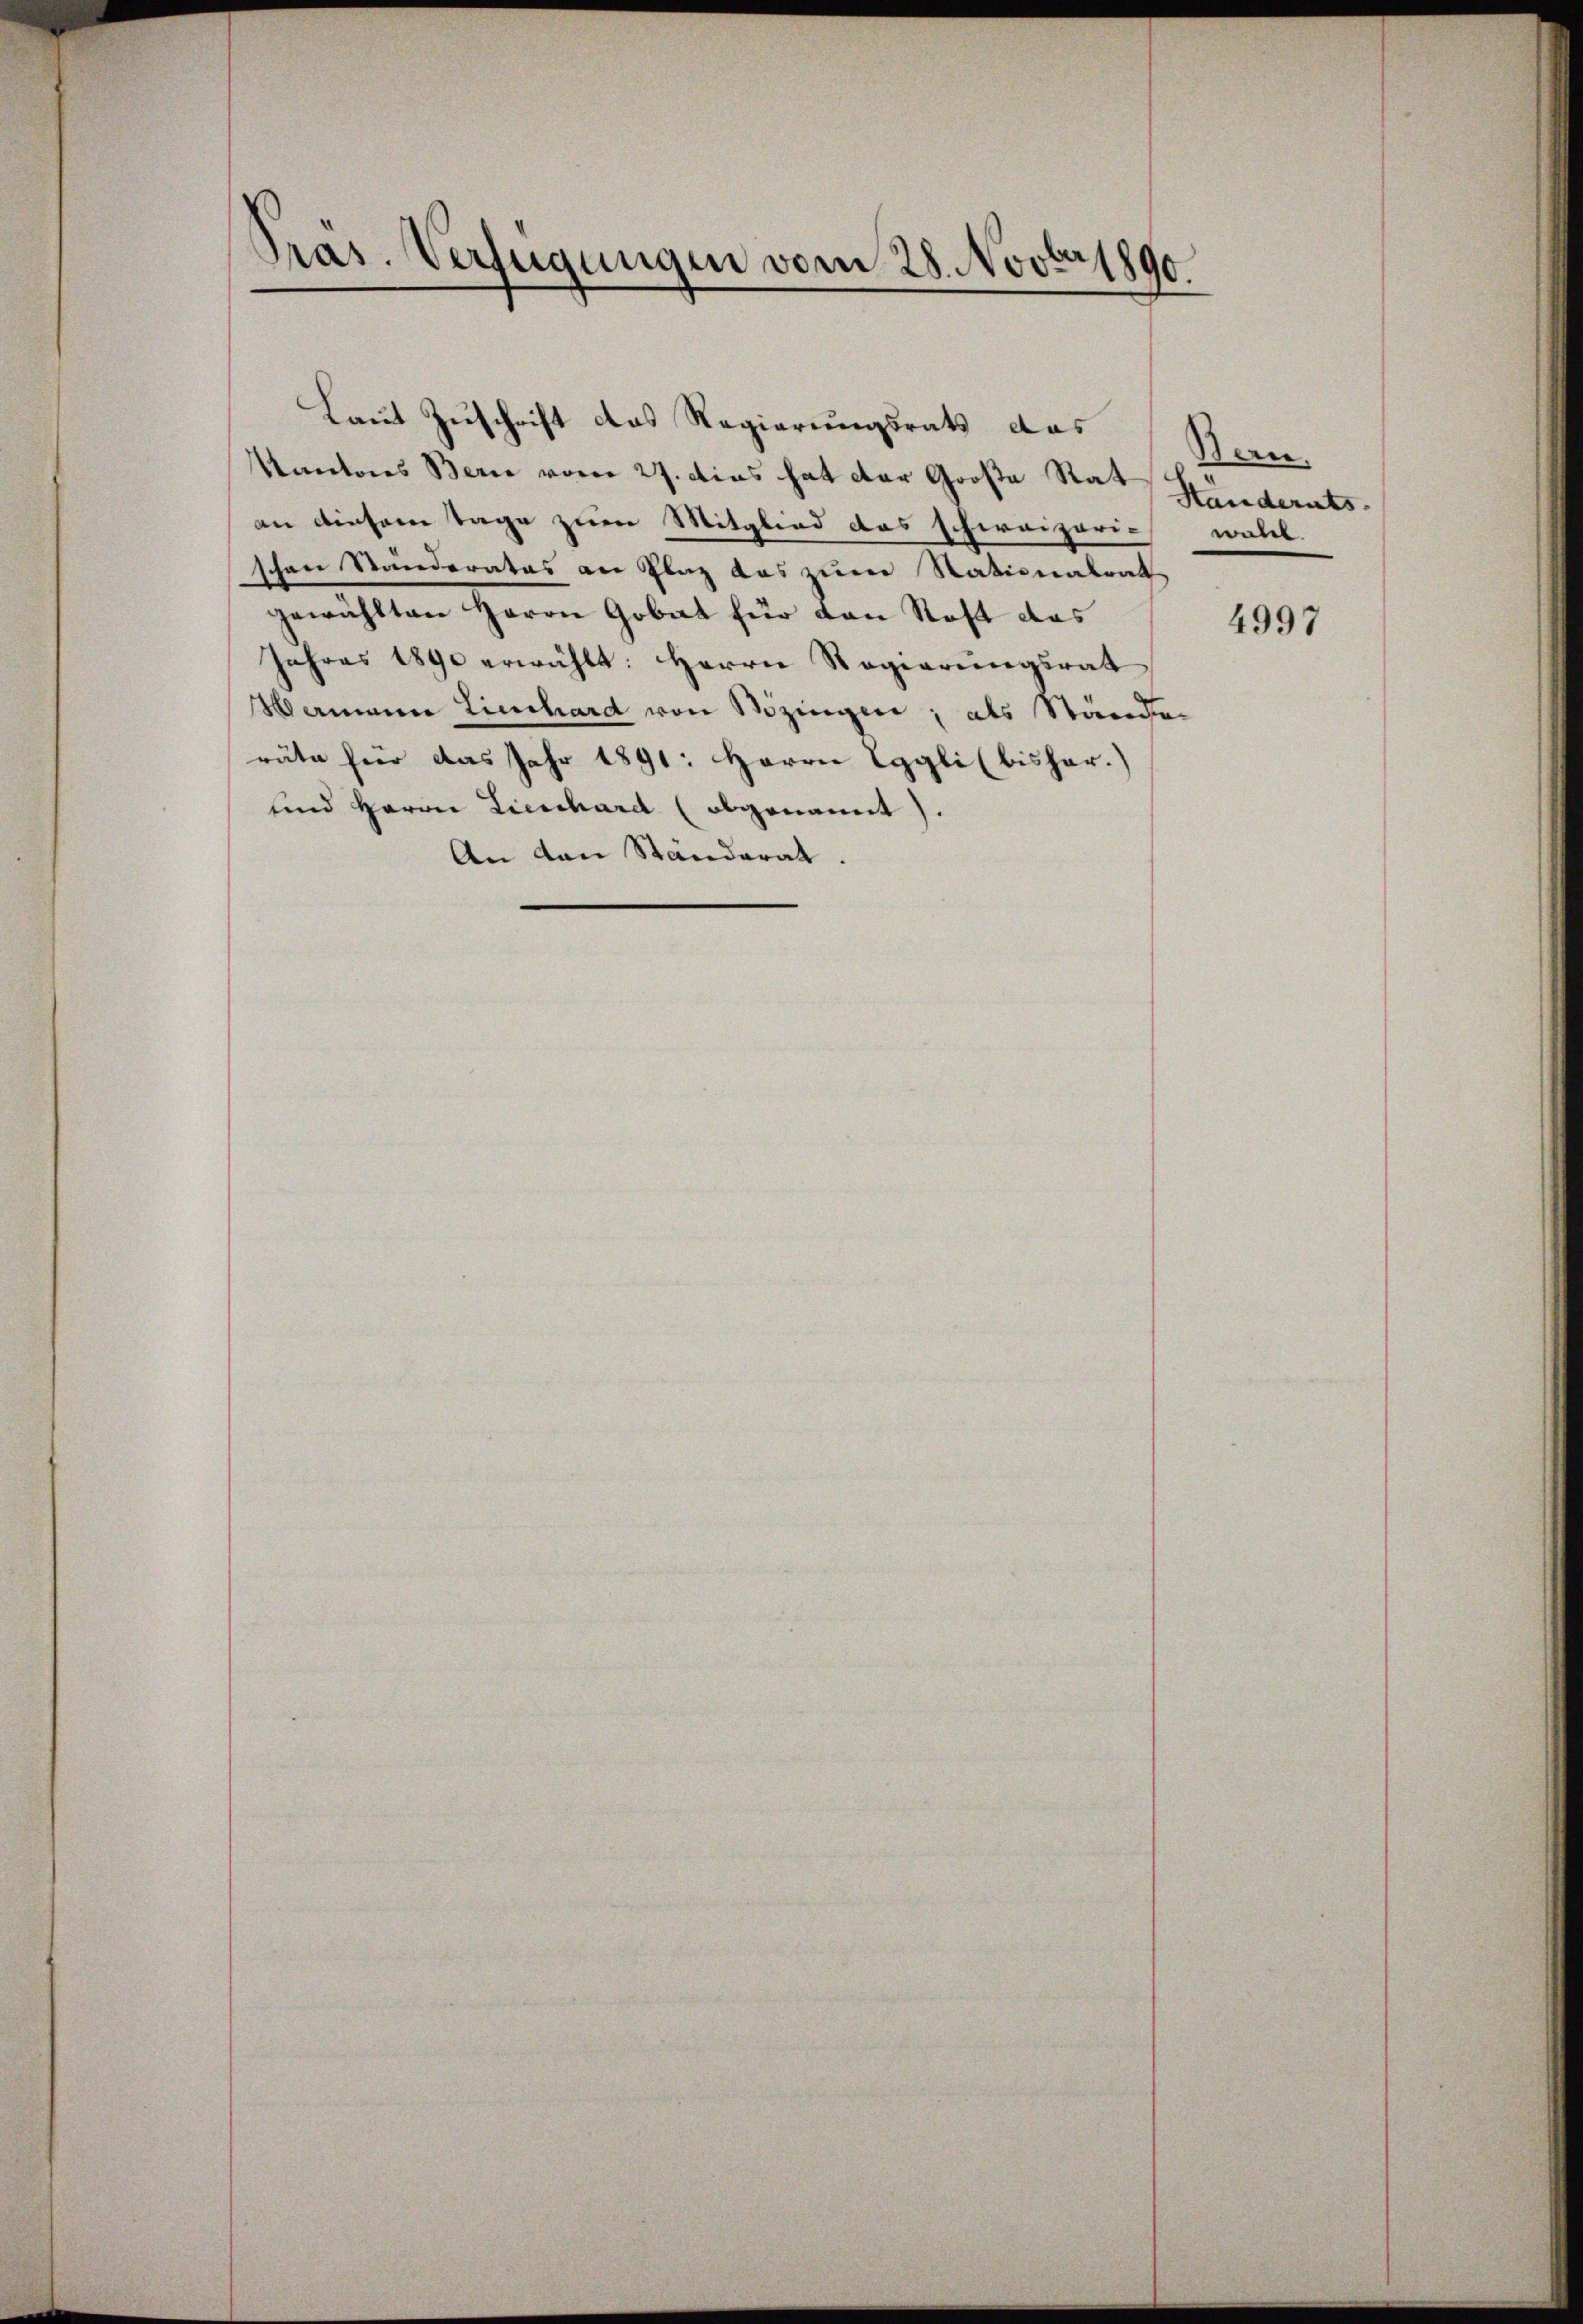
r
Präs. Verfügungen vom 28. Nov. 1890.

Laut Zuschrift das Regierungsrats das

Kantons Bern vom 27. dies hat der Große Stat Händerats
an diesem Tage zum Mitglied das schweizeris walch
schen Standerates an Plaz das zum Nationalrats
gewählten Herrn Gobat für den Stoff das
Jahres 1890 erwählt: Herrn Regierŭngsrat
Mamare Lieschard von Bözinger, als Ständen
räte für das Jahr 1891: Herrn Eggli (bisher.)
und Herrn Lienchard (abgenannt).
An den Ständerat.

Bern.

4997